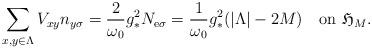
LaTeX: \begin{align*}\sum_{x, y\in \Lambda} V_{xy}n_{y\sigma}= \frac{2}{\omega_0}g_*^2 N_{\mathrm{e}\sigma}=\frac{1}{\omega_0}g_*^2(|\Lambda|-2M)\ \ \ \mbox{on $\mathfrak{H}_M$}.\end{align*}